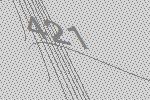
421